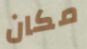
مكان